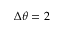
\Delta \theta = 2